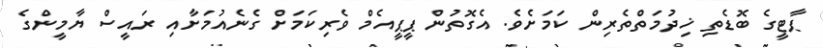
ޕާޓީގެ ބޮޑެތި ޚިދުމަތްތެރިން ކަމަށެވެ. އެގޮތުން ޕީޕީއެމް ވެރިކަމަށް ގެނެއުމަށާއި ރައީސް ޔާމީންގެ